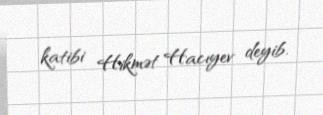
katibi Hikmət Hacıyev deyib.